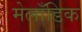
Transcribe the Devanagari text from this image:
मेलॉडिक